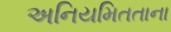
અનિયમિતતાના